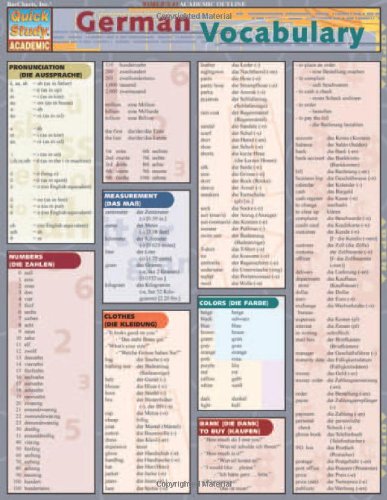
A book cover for German Vocabulary (Quickstudy: Academic); Inc. BarCharts; Reference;